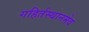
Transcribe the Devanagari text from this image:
गहिर्तस्थानमेव